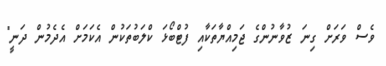
ވެސް ވަރަށް ގިނަ ޒުވާނުންގެ ޖަމިއްޔާތަކާއި ފުޓްބޯޅަ ކްލަބުތަކުން އެކަމަށް އެދެމުން ދަނީ"